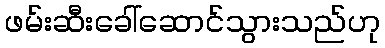
ဖမ်းဆီးခေါ်ဆောင်သွားသည်ဟု